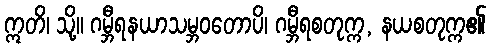
ဣတိ၊ သို့။ ဂမ္ဘီရနယာသမ္ဘဝတောပိ၊ ဂမ္ဘီရစတုက္က, နယစတုက္က၏